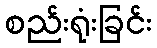
စည်းရုံးခြင်း